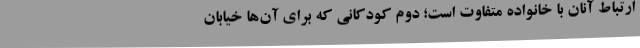
ارتباط آنان با خانواده متفاوت است؛ دوم کودکانی که برای آن‌ها خیابان